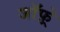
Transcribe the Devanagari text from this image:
जाॅफ़्रे